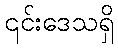
၎င်းဒေသရှိ